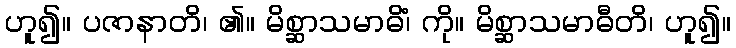
ဟူ၍။ ပဇာနာတိ၊ ၏။ မိစ္ဆာသမာဓိံ၊ ကို။ မိစ္ဆာသမာဓီတိ၊ ဟူ၍။